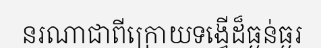
នរណាជាពីក្រោយទង្វើដ៏ធ្ងន់ធ្ងរ